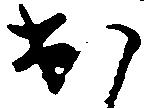
出